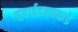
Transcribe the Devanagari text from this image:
हवाईदलाकडे